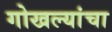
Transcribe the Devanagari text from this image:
गोखल्यांचा